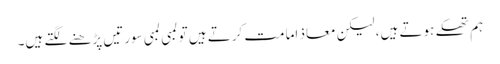
ہم تھکے ہوتے ہیں، لیکن معاذ امامت کرتے ہیں تو لمبی لمبی سورتیں پڑھنے لگتے ہیں۔